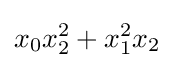
x_{0}x_{2}^{2}+x_{1}^{2}x_{2}